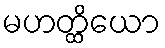
မဟတ္ထိယော